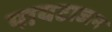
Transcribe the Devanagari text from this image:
पायटाजन